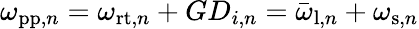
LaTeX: \omega_{\mathrm{pp},n}=\omega_{\mathrm{rt},n}+GD_{i,n}=\bar{\omega}_{\mathrm{l},n}+\omega_{\mathrm{s},n}